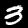
Label: 3